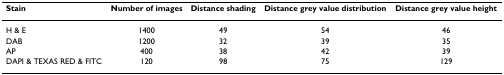
<table><thead><tr><td><b>Stain</b></td><td><b>Number of images</b></td><td><b>Distance shading</b></td><td><b>Distance grey value distribution</b></td><td><b>Distance grey value height</b></td></tr></thead><tbody><tr><td>H &amp; E</td><td>1400</td><td>49</td><td>54</td><td>46</td></tr><tr><td>DAB</td><td>1200</td><td>32</td><td>39</td><td>35</td></tr><tr><td>AP</td><td>400</td><td>38</td><td>42</td><td>39</td></tr><tr><td>DAPI &amp; TEXAS RED &amp; FITC</td><td>120</td><td>98</td><td>75</td><td>129</td></tr></tbody></table>